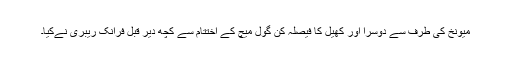
میونخ کی طرف سے دوسرا اور کھیل کا فیصلہ کن گول میچ کے اختتام سے کچھ دیر قبل فرانک ریبری نےکیا۔